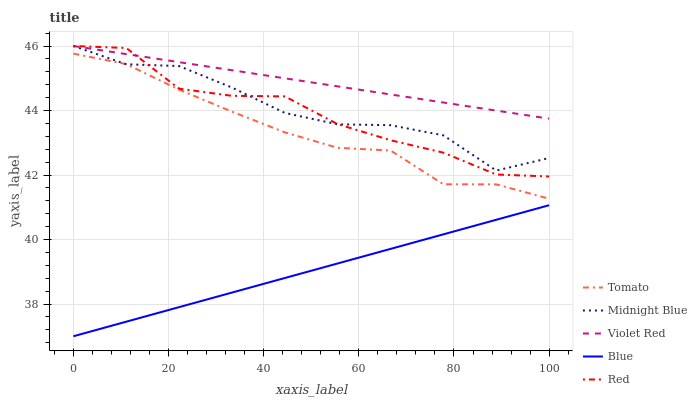
| xaxis_label | Tomato | Midnight Blue | Violet Red | Blue | Red |
 | --- | --- | --- | --- | --- | --- |
 | 0 | 45.8 | 46 | 46 | 37 | 46 |
 | 11.1 | 45.4 | 45.4 | 45.7 | 37.5 | 45.9 |
 | 22.2 | 44.6 | 45.4 | 45.5 | 37.9 | 44.7 |
 | 33.3 | 44 | 44.7 | 45.2 | 38.4 | 44.5 |
 | 44.4 | 43.3 | 43.9 | 45 | 38.8 | 44.4 |
 | 55.6 | 42.8 | 43.6 | 44.7 | 39.3 | 43.6 |
 | 66.7 | 42.8 | 43.5 | 44.5 | 39.7 | 43.1 |
 | 77.8 | 41.7 | 43.2 | 44.2 | 40.2 | 42.7 |
 | 88.9 | 41.7 | 42.1 | 44 | 40.6 | 42 |
 | 100 | 41.3 | 42.5 | 43.7 | 41.1 | 42 |